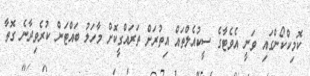
ކޮމިކްކޯންގައި ވަނީ އެވެޓާގެ ސީކުއެލްތައް އިތުރަށް ތަރައްގީކޮށް މާހަލު ބައްޓަން ކުރެވިދާނެ ގޮތާ